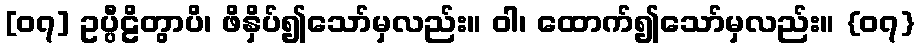
[၀၇] ဥပ္ပီဠိတွာပိ၊ ဖိနှိပ်၍သော်မှလည်း။ ဝါ၊ ထောက်၍သော်မှလည်း။ {၀၇}